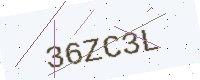
Text: 36ZC3L